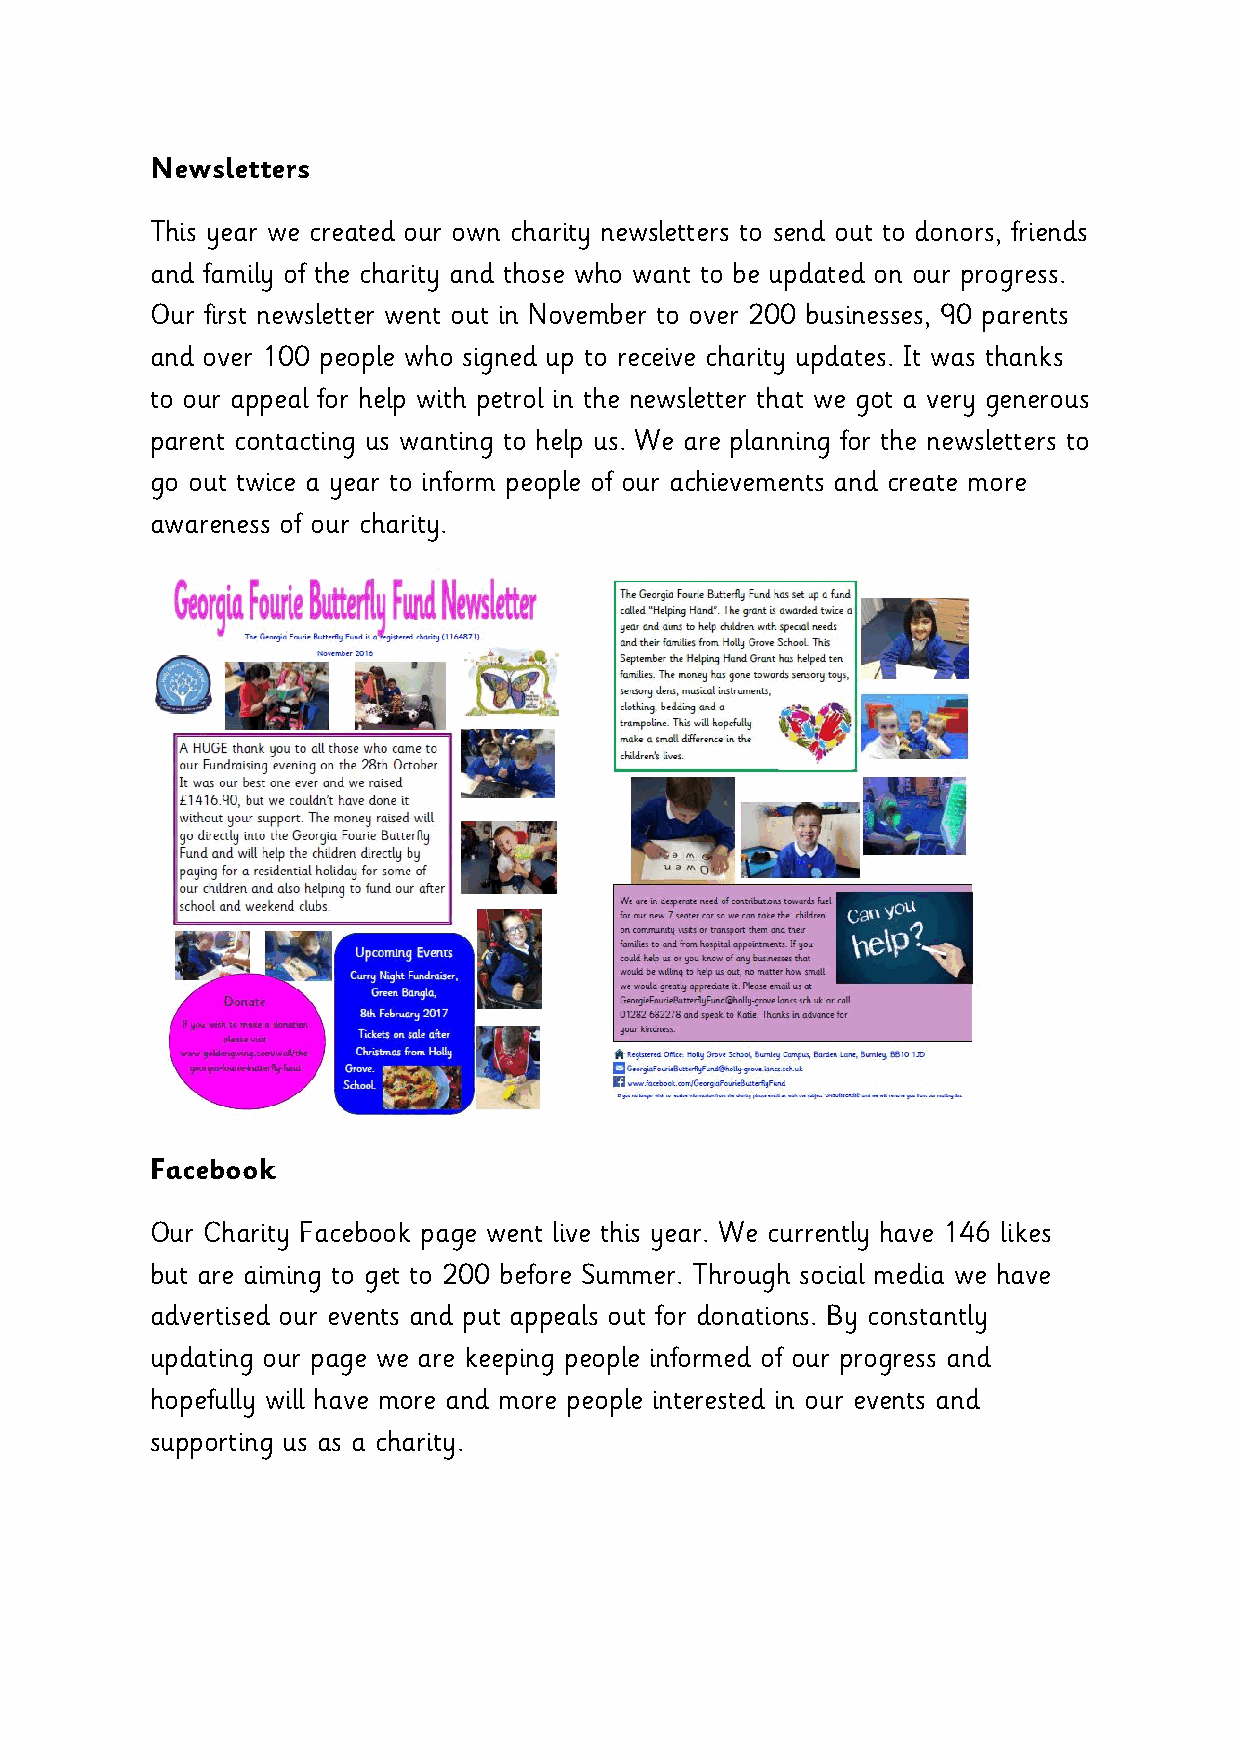
Newsletters
 This year we created our own charity newsletters to send out to donors, friends
 and family of the charity and those who want to be updated on our progress.
 Our first newsletter went out in November to over 200 businesses, 90 parents
 and over 100 people who signed up to receive charity updates. It was thanks
 to our appeal for help with petrol in the newsletter that we got a very generous
 parent contacting us wanting to help us. We are planning for the newsletters to
 go out twice a year to inform people of our achievements and create more
 awareness of our charity.
 Facebook
 Our Charity Facebook page went live this year. We currently have 146 likes
 but are aiming to get to 200 before Summer. Through social media we have
 advertised our events and put appeals out for donations. By constantly
 updating our page we are keeping people informed of our progress and
 hopefully will have more and more people interested in our events and
 supporting us as a charity.